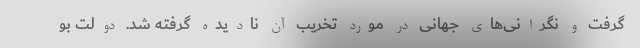
گرفت و نگرانی‌های جهانی در مورد تخریب آن نادیده گرفته شد. دولت بو